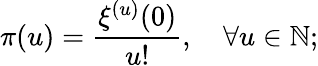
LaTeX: \pi(u)=\frac{\xi^{(u)}(0)}{u!},\quad\forall u\in\mathbb{N};